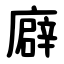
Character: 廦